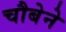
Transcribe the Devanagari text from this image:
चौबेने